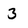
Character: 3